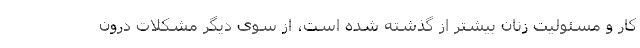
کار و مسئولیت زنان بیشتر از گذشته شده است، از سوی دیگر مشکلات درون